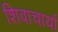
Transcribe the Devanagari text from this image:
शिवाचार्या